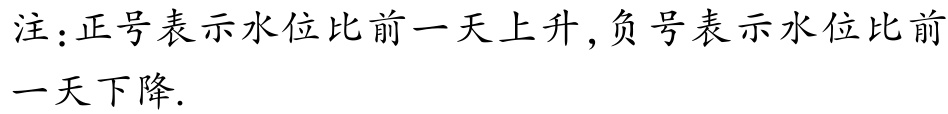
注：正号表示水位比前一天上升,负号表示水位比前一天下降.